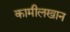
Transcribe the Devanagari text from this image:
कामीलखान